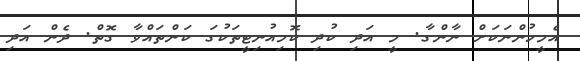
އެމީހުންނަކަށް ނާންގާ. މީ އަދި ކުދި ކޮމިއުނިޓީތަކުގަ ކަންތައްވާ ގޮތް. ދެން އަދި